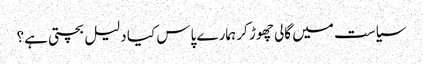
سیاست میں گالی چھوڑ کر ہمارے پاس کیا دلیل بچتی ہے؟